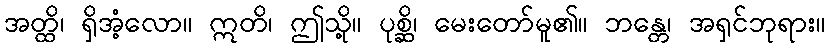
အတ္ထိ၊ ရှိအံ့လော။ ဣတိ၊ ဤသို့။ ပုစ္ဆိ၊ မေးတော်မူ၏။ ဘန္တေ၊ အရှင်ဘုရား။